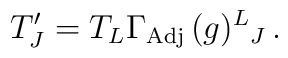
T^{\prime}_{J} = T_{L}\Gamma_{\rm Adj}\,(g)^{L}{}_{J} \, .